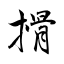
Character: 搰